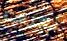
تعرف